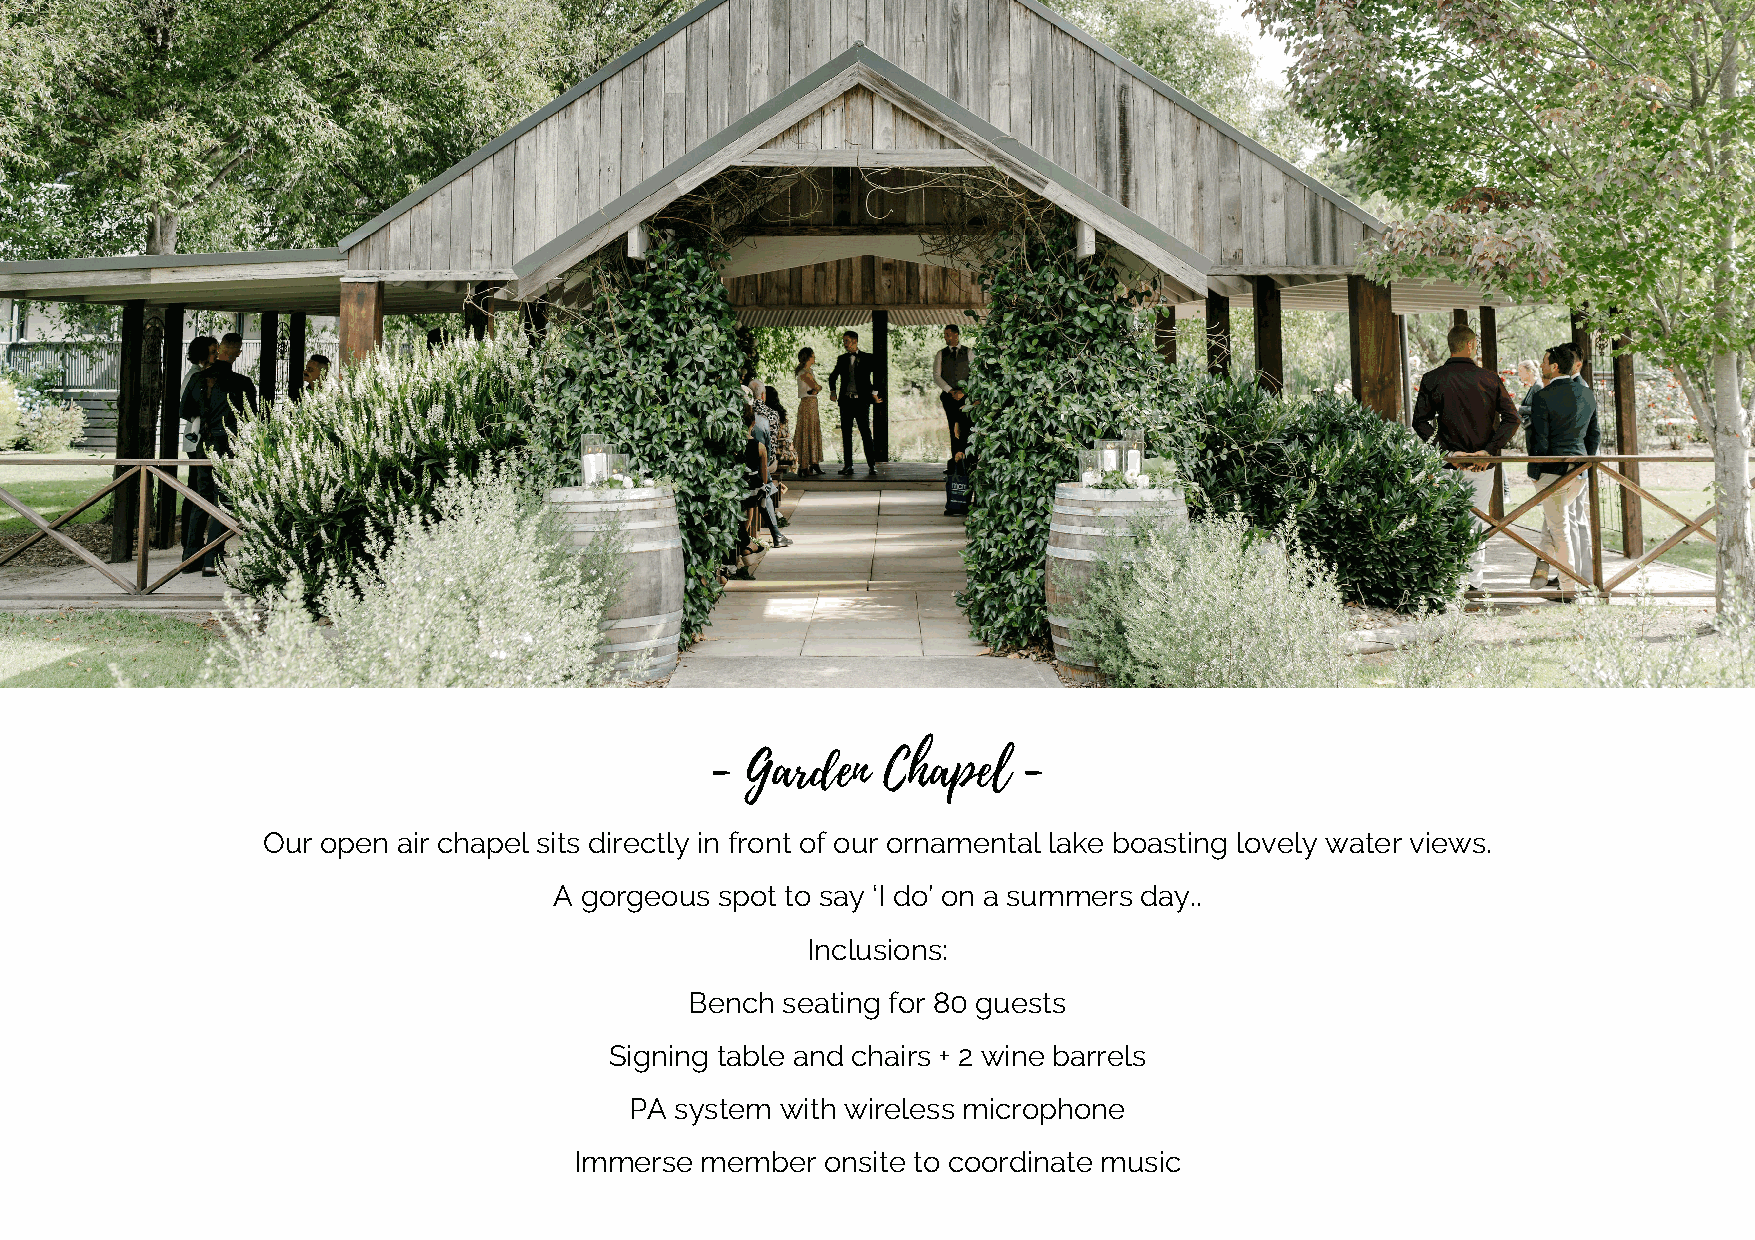
- Garden   Chapel    -
 Our open air chapel sits directly in front of our ornamental lake boasting lovely water views.
 A gorgeous spot to say ‘I do’ on a summers day..
 Inclusions:
 Bench seating for 80 guests
 Signing table and chairs + 2 wine barrels
 PA system with wireless microphone
 Immerse member   onsite to coordinate music